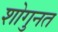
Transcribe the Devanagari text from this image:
शोगुनत